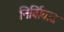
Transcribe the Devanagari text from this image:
निर्विावाद